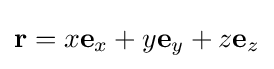
\mathbf {r} =x\mathbf {e} _{x}+y\mathbf {e} _{y}+z\mathbf {e} _{z}